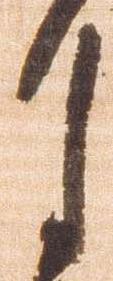
月